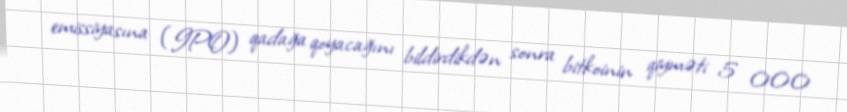
emissiyasına (IPO) qadağa qoyacağını bildirdikdən sonra bitkoinin qiyməti 5 000